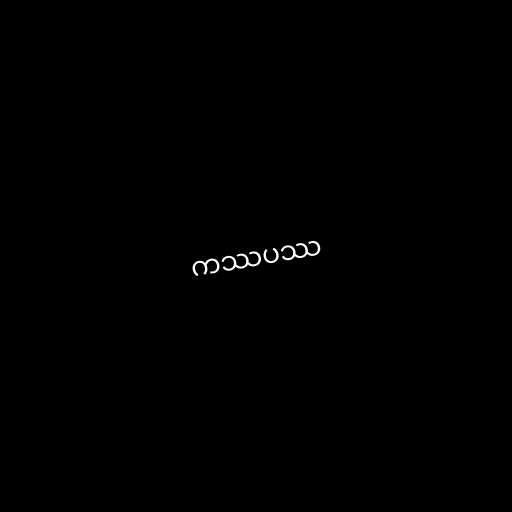
ကဿပဿ